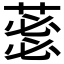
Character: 𮐜